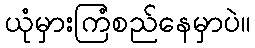
ယုံမှားကြံစည်နေမှာပဲ။